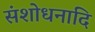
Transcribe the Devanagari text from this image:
संशोधनादि